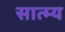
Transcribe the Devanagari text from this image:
सात्म्य